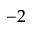
- 2